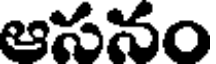
ఆసనం